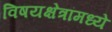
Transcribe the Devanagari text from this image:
विषयक्षेत्रांमध्ये